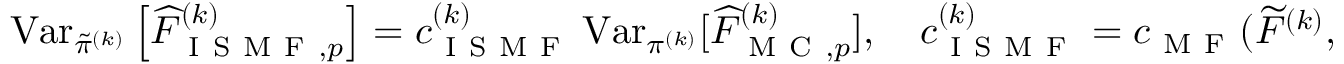
\begin{array} { r } { \operatorname { V a r } _ { \tilde { \pi } ^ { ( k ) } } \left[ \widehat { F } _ { \mathrm { ~ I ~ S ~ M ~ F ~ } , p } ^ { ( k ) } \right] = c _ { \mathrm { ~ I ~ S ~ M ~ F ~ } } ^ { ( k ) } \operatorname { V a r } _ { \pi ^ { ( k ) } } [ \widehat { F } _ { \mathrm { ~ M ~ C ~ } , p } ^ { ( k ) } ] , \quad c _ { \mathrm { ~ I ~ S ~ M ~ F ~ } } ^ { ( k ) } = c _ { \mathrm { ~ M ~ F ~ } } ( \widetilde { F } ^ { ( k ) } , \widetilde { G } ^ { ( k ) } , \tilde { \pi } ^ { ( k ) } ) \times c _ { \mathrm { ~ I ~ S ~ } } ^ { ( k ) } } \end{array}